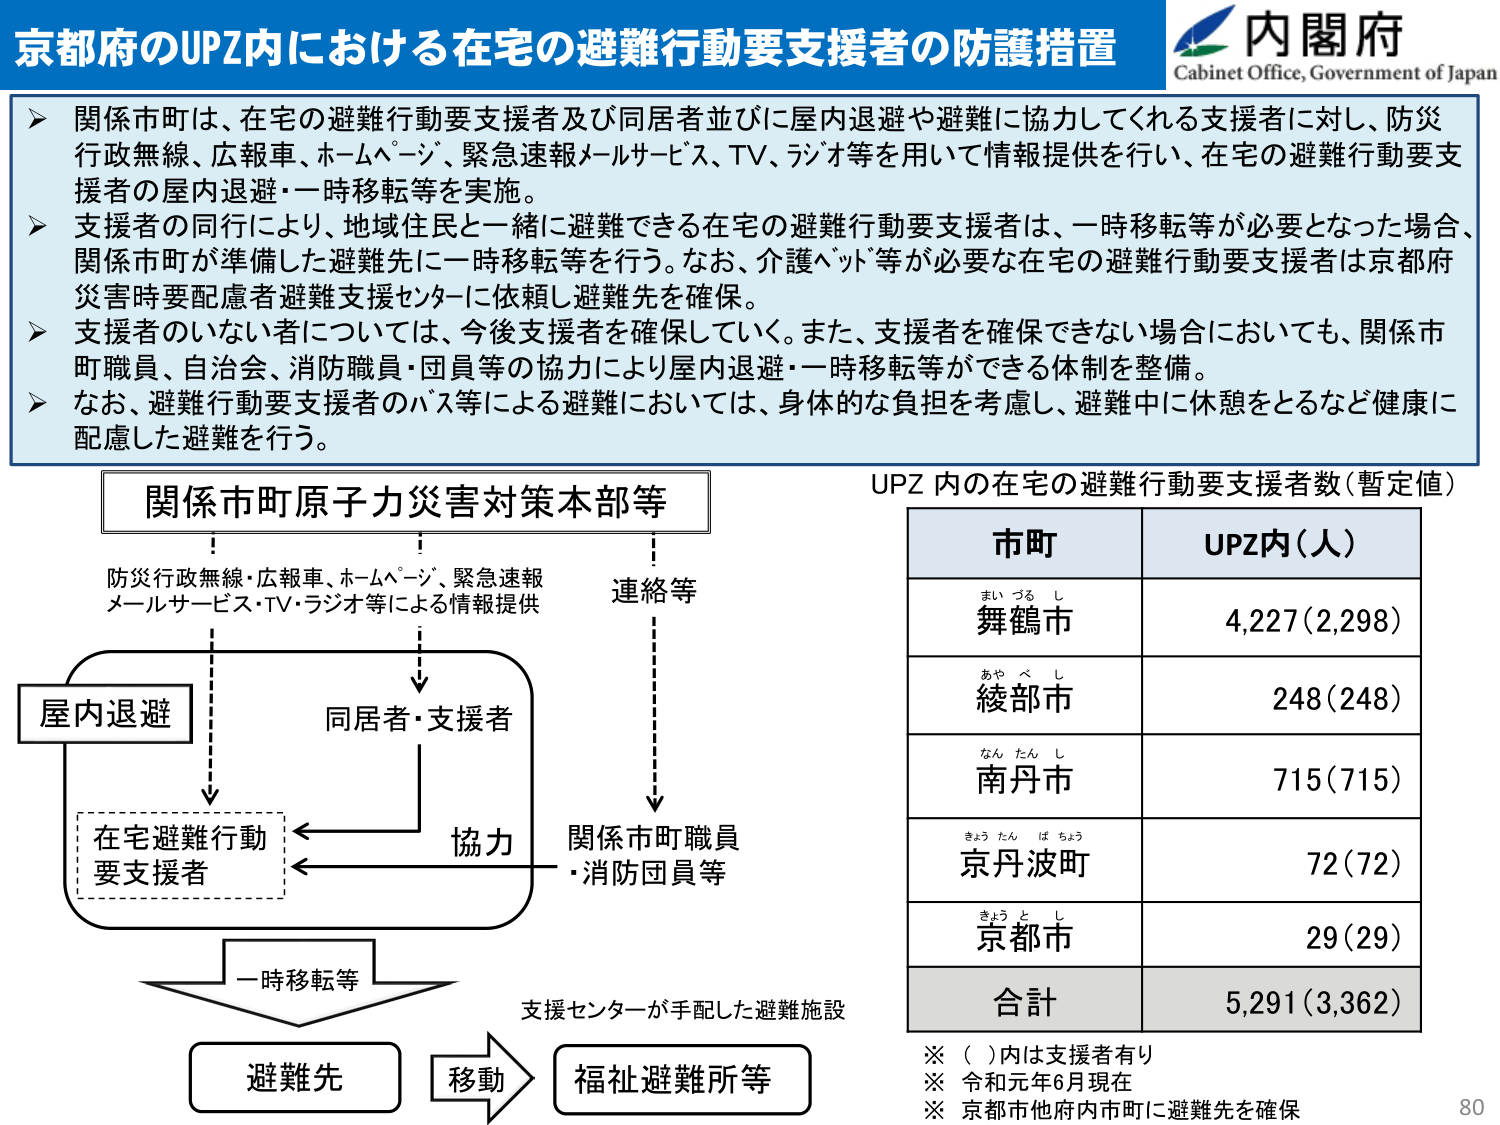
京都府のUPZ内における在宅の避難行動要支援者の防護措置

内閣府
Cabinet Office, Government of Japan

▶ 関係市町は、在宅の避難行動要支援者及び同居者並びに屋内退避や避難に協力してくれる支援者に対し、防災行政無線、広報車、ホームページ、緊急速報メールサービス、TV、ラジオ等を用いて情報提供を行い、在宅の避難行動要支援者の屋内退避・一時移転等を実施。
▶ 支援者の同行により、地域住民と一緒に避難できる在宅の避難行動要支援者は、一時移転等が必要となった場合、関係市町が準備した避難先に一時移転等を行う。なお、介護ベッド等が必要な在宅の避難行動要支援者は京都府災害時要配慮者避難支援センターに依頼し避難先を確保。
▶ 支援者のいない者については、今後支援者を確保していく。また、支援者を確保できない場合においても、関係市町職員、自治会、消防職員・団員等の協力により屋内退避・一時移転等ができる体制を整備。
▶ なお、避難行動要支援者のバス等による避難においては、身体的な負担を考慮し、避難中に休憩をとるなど健康に配慮した避難を行う。

関係市町原子力災害対策本部等
↓
防災行政無線・広報車、ホームページ、緊急速報メールサービス・TV・ラジオ等による情報提供
↓
屋内退避
↓
在宅避難行動要支援者
←→ 協力 → 関係市町職員・消防団員等
↑
同居者・支援者
↓
一時移転等
↓
避難先 → 移動 → 福祉避難所等

UPZ 内の在宅の避難行動要支援者数（暫定値）

市町          UPZ内（人）
まいづるし    4,227（2,298）
あやべし      248（248）
なんたんし    715（715）
きょうたんばちょう 72（72）
きょうとし    29（29）
合計          5,291（3,362）

※ （ ）内は支援者有り
※ 令和元年6月現在
※ 京都市他府内市町に避難先を確保

80